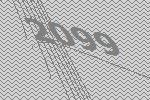
2099